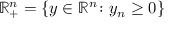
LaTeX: \mathbb { R } _ { + } ^ { n } = \{ y \in \mathbb { R } ^ { n } \colon y _ { n } \geq 0 \}